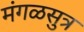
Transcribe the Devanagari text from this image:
मंगळसुत्र